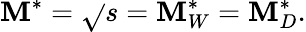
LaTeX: \mathbf{M}^{*}=\sqrt{}{{s}}=\mathbf{M}_{W}^{*}=\mathbf{M}_{D}^{*}.